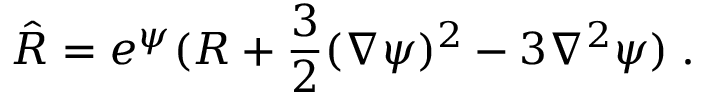
\hat { R } = e ^ { \psi } ( R + \frac { 3 } { 2 } ( \nabla \psi ) ^ { 2 } - 3 \nabla ^ { 2 } \psi ) \; .